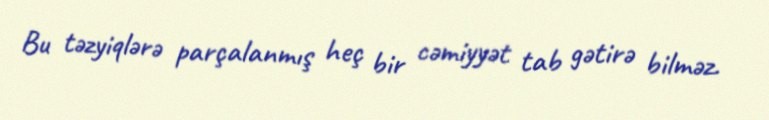
Bu təzyiqlərə parçalanmış heç bir cəmiyyət tab gətirə bilməz.